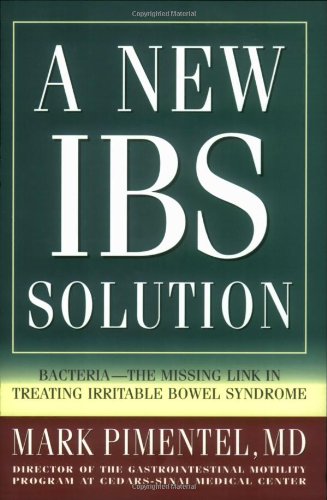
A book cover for A New IBS Solution: Bacteria-The Missing Link in Treating Irritable Bowel Syndrome; Mark Pimentel; Health, Fitness & Dieting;